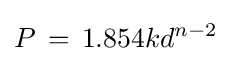
P\,=\,1.854kd^{n-2}